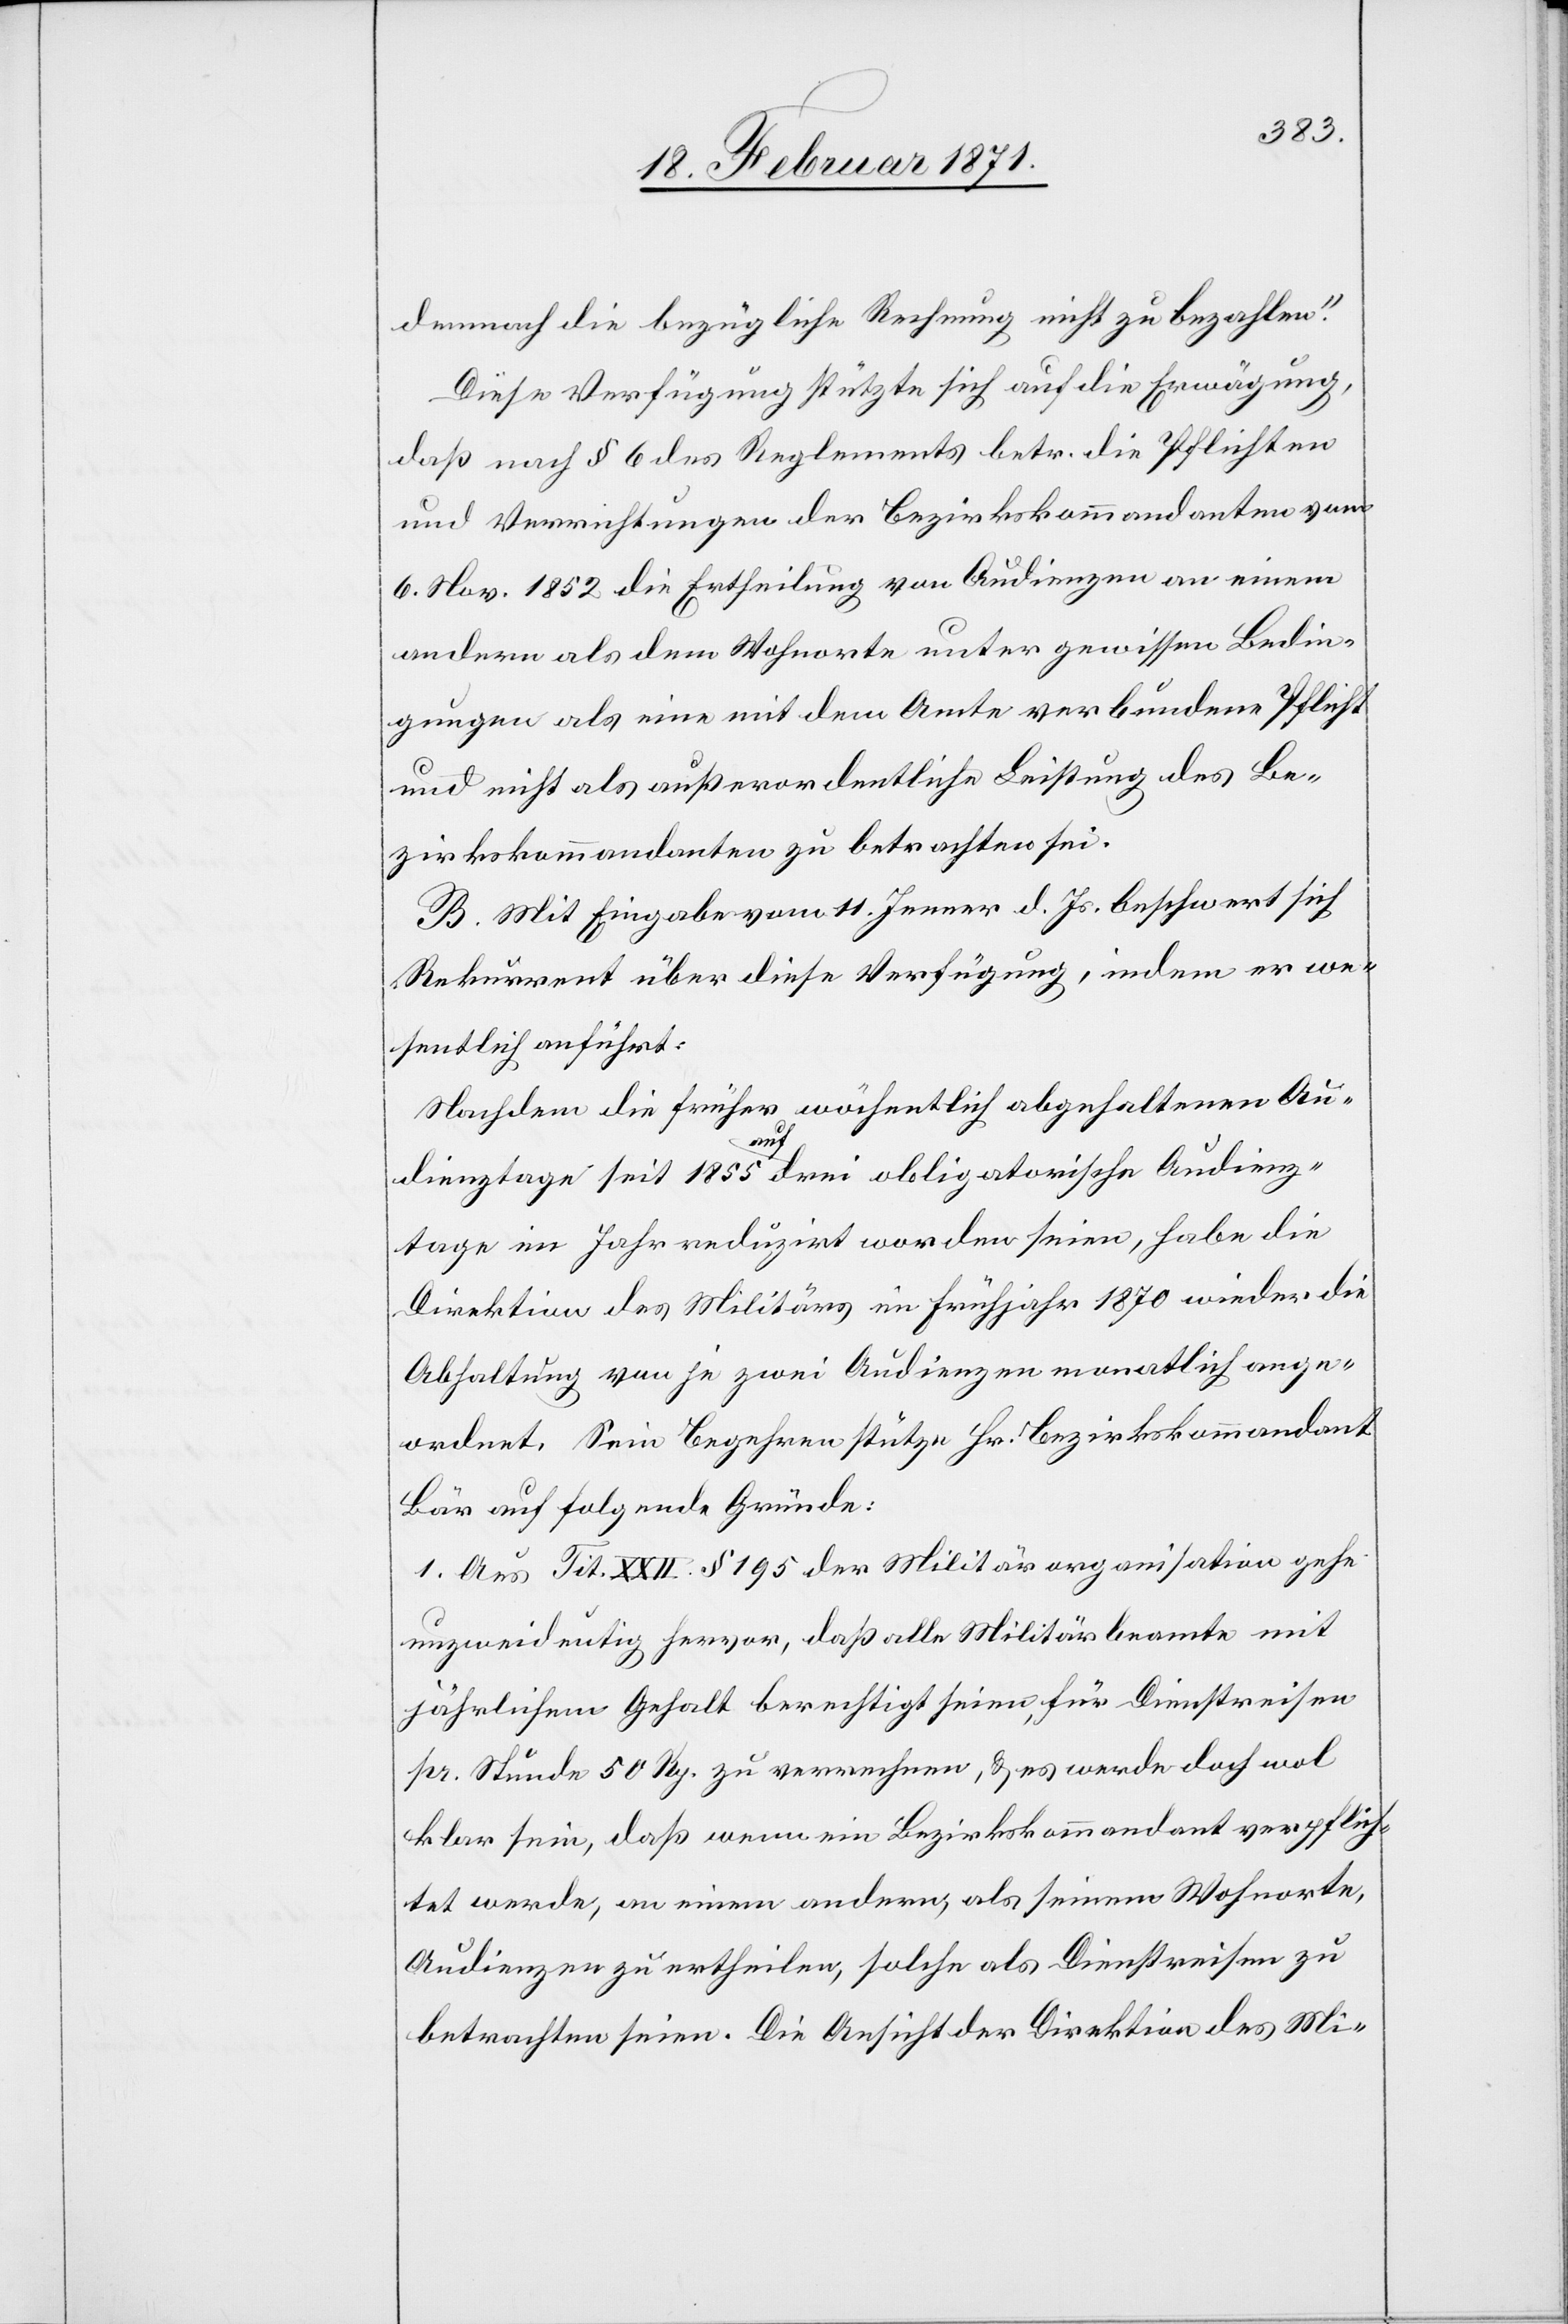
demnach die bezügliche Rechnung nicht zu bezahlen.“
Diese Verfügung stützte sich auf die Erwägung,
daß nach § 6 des Reglements betr. die Pflichten
und Verrichtungen der Bezirkskommandanten vom
6. Nov. 1852 die Ertheilung von Audienzen an einem
andern als dem Wohnorte unter gewissen Bedin¬
gungen als eine mit dem Amte verbundene Pflicht
und nicht als außerordentliche Leistung des Be¬
zirkskommandanten zu betrachten sei.
B. Mit Eingabe vom 11. Jenner d. Js. beschwert sich
Rekurrent über diese Verfügung, indem er we¬
sentlich anführt:
Nachdem die Früher wöchentlich abgehaltene Au¬
dienztage seit 1855 auf drei obligatorische Audienz¬
tage im Jahr reduzirt worden seine, habe die
Direktion des Militärs im Frühjahr 1870 wieder die
Abhaltung von je zwei Audienzen monatlich ange¬
ordnet. Sein Begehren stütze Hr. Bezirkskommandant
Bär auf folgende Gründe:
1. Aus Tit. XXII. § 195 der Militärorganisation geht
unzweideutig hervor, daß alle Militärbeamte mit
jährlichem Gehalt berechtigt seien, für Dienstreisen
pr. Stunde 50 Rp. zu verrechnen, u. es werde doch wol
klar sein, daß wenn ein Bezirkskommandant verpflich¬
tet werde, an einem andern, als seinem Wohnorte,
Audienzen zu ertheilen, solche als Dienstreisen zu
betrachten seien. Die Ansicht der Direktion des Mi-